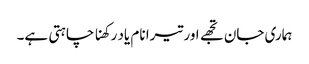
ہماری جان تجھے اور تیرا نام یاد رکھنا چاہتی ہے۔